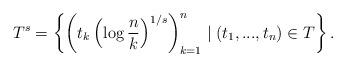
LaTeX: \begin{align*}T^s = \left\{ \left( t_k \left(\log{\frac{n}{k}}\right)^{1/s} \right)_{k=1}^n \mid (t_1,...,t_n) \in T \right\}.\end{align*}